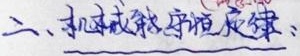
二、机械能守恒定律：